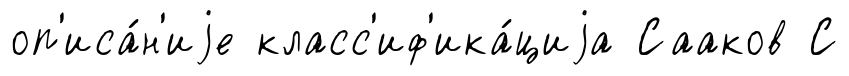
оп'иса́н'иjе класс'иф'ика́циjа Сааков С